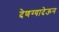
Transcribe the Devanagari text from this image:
देणग्यादेऊन